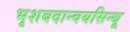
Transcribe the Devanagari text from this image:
भृशबदान्वयसिन्धू